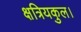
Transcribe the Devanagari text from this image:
क्षत्रियकुल।